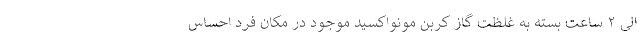
الی ۲ ساعت بسته به غلظت گاز کربن مونواکسید موجود در مکان فرد احساس